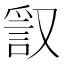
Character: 𧧞